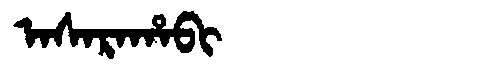
Manchu: ᠠᠰᠠᡵᠠᡥᠠᠪᡳ
Romanization: ASARAHABI